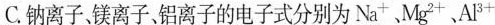
C.钠离子、镁离子、铝离子的电子式分别为Na^{+}、Mg^{2+}，Al^{3+}